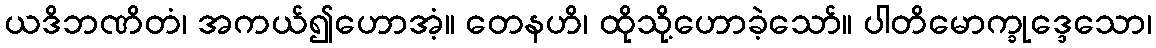
ယဒိဘဏိတံ၊ အကယ်၍ဟောအံ့။ တေနဟိ၊ ထိုသို့ဟောခဲ့သော်။ ပါတိမောက္ခုဒ္ဒေသော၊